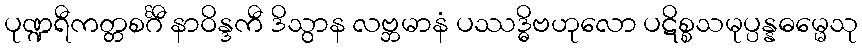
ပုဏ္ဍရီကတ္တစင်္ဂီ နာဝိန္ဒကီ ဒိသွာန လဗ္ဘမာနံ ပဿဒ္ဓိဗဟုလော ပဋိစ္စသမုပ္ပန္နဓမ္မေသု